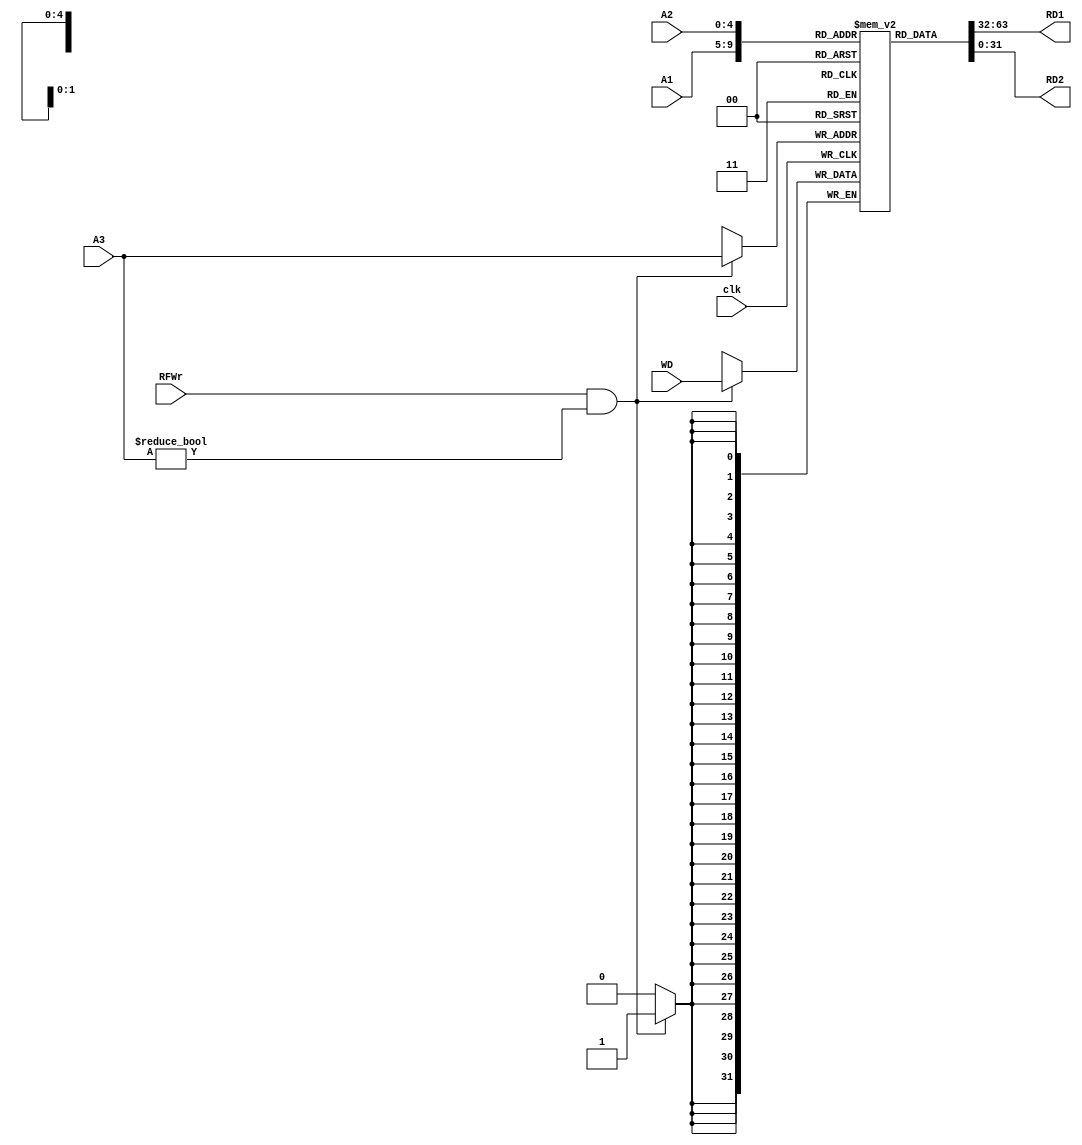
module RF(A1, A2, A3, WD, RFWr, clk, RD1, RD2);
  input [4:0]A1;
  input [4:0]A2;
  input [4:0]A3;
  input [31:0]WD;
  input RFWr;
  input clk;
  output reg [31:0]RD1;
  output reg [31:0]RD2;
  
  reg[5:0] i;
  
  reg [31:0] data[31:0];
  initial
  begin
    for (i=0;i<32;i=i+1)
      data[i]=32'b0;
    data[28]=32'h00001800;
    data[29]=32'h00002ffe;
  end 
  
  always @(A1 or A2 or data[A1] or data[A2])
  begin
    RD1<=data[A1];
    RD2<=data[A2];
  end
  
  always @(negedge clk)
  begin
  if (RFWr&&A3!=0)
    data[A3]<=WD;
  #4
  for (i=0;i<32;i=i+1)
    $display("Reg%d:%h",i,data[i]);
  end
endmodule